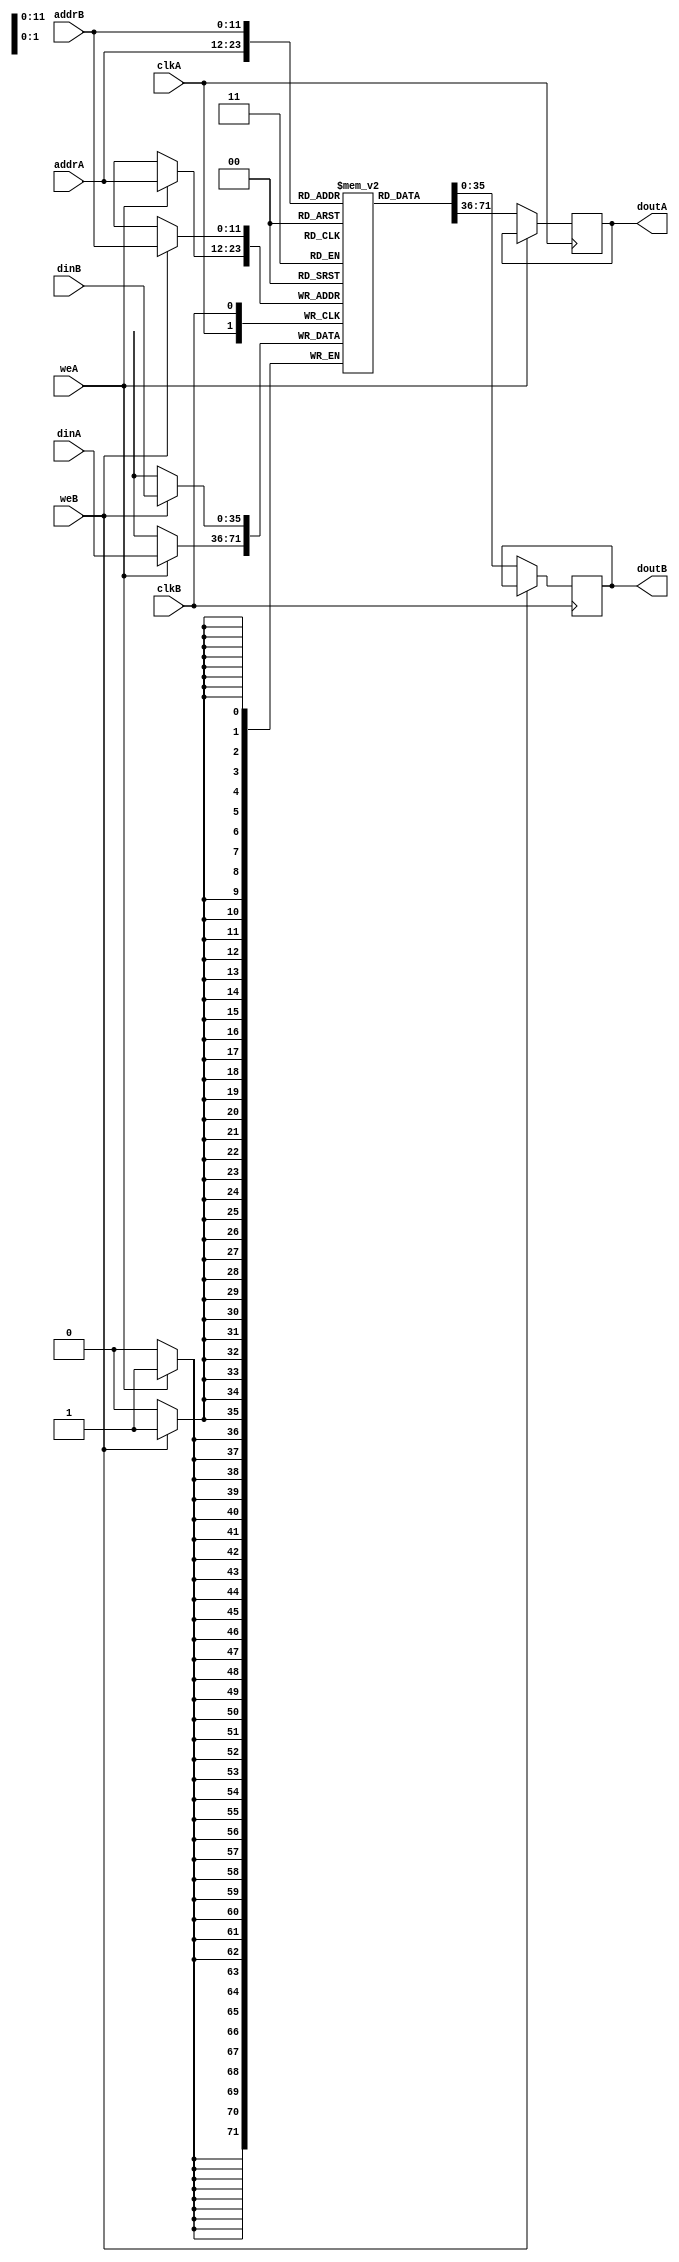
module ram_true_dp_dc_4096x36 (clkA, clkB, weA, weB, addrA, addrB, dinA, dinB, doutA, doutB);
    input clkA, clkB, weA, weB;
    input [11:0] addrA, addrB;
    input [35:0] dinA, dinB;
    output reg [35:0] doutA, doutB;
    
    reg [35:0] ram [4095:0];
    always @(posedge clkA)
    begin
        if (weA)
            ram[addrA] <= dinA;
        else
            doutA <= ram[addrA];
    end
    always @(posedge clkB)
    begin
        if (weB)
            ram[addrB] <= dinB;
        else
            doutB <= ram[addrB];
    end

endmodule